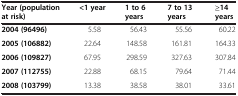
<table><thead><tr><td><b>Year (population at risk)</b></td><td><b>&lt;1 year</b></td><td><b>1 to 6 years</b></td><td><b>7 to 13 years</b></td><td><b>≥14 years</b></td></tr></thead><tbody><tr><td><b>2004 (96496)</b></td><td>5.58</td><td>56.43</td><td>55.56</td><td>60.22</td></tr><tr><td><b>2005 (106882)</b></td><td>22.64</td><td>148.58</td><td>161.81</td><td>164.33</td></tr><tr><td><b>2006 (109827)</b></td><td>67.95</td><td>298.59</td><td>327.63</td><td>307.84</td></tr><tr><td><b>2007 (112755)</b></td><td>22.88</td><td>68.15</td><td>79.64</td><td>71.44</td></tr><tr><td><b>2008 (103799)</b></td><td>13.38</td><td>38.58</td><td>38.01</td><td>33.61</td></tr></tbody></table>